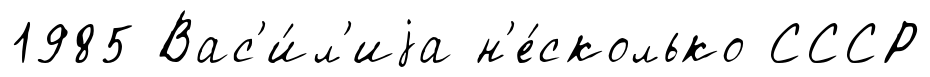
1985 Вас'и́л'иjа н'е́сколько СССР